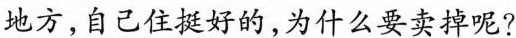
地方，自己住挺好的，为什么要卖掉呢?